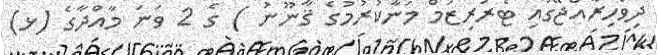
ދިވެހިރާއްޖޭގައި ޓެރަރިޒަމް މަނާކުރުމުގެ ޤާނޫނު ) ގެ 2 ވަނަ މާއްދާގެ (ޅ)